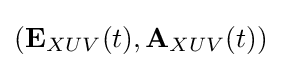
({\textbf {E}}_{XUV}(t),{\textbf {A}}_{XUV}(t))